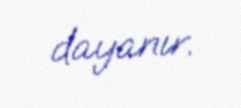
dayanır.